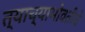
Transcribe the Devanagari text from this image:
त्याच्याभोवतीचे